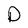
Character: D